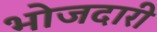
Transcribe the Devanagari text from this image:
भोजदारी